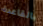
بالقاعدة